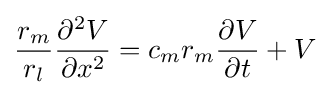
{\frac {r_{m}}{r_{l}}}{\frac {\partial ^{2}V}{\partial x^{2}}}=c_{m}r_{m}{\frac {\partial V}{\partial t}}+V